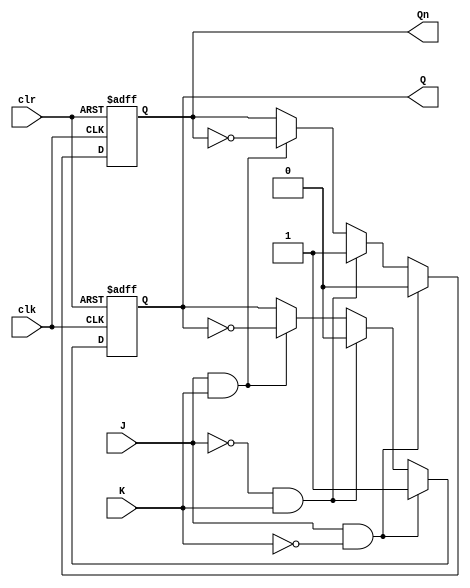
module neg_edge_jk_ff (
    input wire J, // input J
    input wire K, // input K
    input wire clk, // clock input
    input wire clr, // clear input
    output reg Q, // output Q
    output reg Qn // output Q'
);

always @(negedge clk or posedge clr)
begin
    if (clr) begin // clear/reset function
        Q <= 1'b0;
        Qn <= 1'b1;
    end else begin
        if (J & ~K) begin // J=1, K=0: Set Q to 1
            Q <= 1'b1;
            Qn <= 1'b0;
        end else if (~J & K) begin // J=0, K=1: Set Q to 0
            Q <= 1'b0;
            Qn <= 1'b1;
        end else if (J & K) begin // J=1, K=1: Toggle Q
            Q <= ~Q;
            Qn <= ~Qn;
        end
    end
end

endmodule